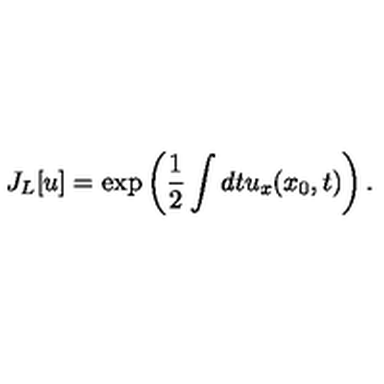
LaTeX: J _ { L } [ u ] = \exp \left( \frac { 1 } { 2 } \int d t u _ { x } ( x _ { 0 } , t ) \right) .